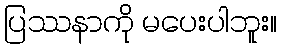
ပြဿနာကို မပေးပါဘူး။